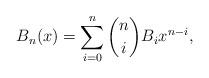
LaTeX: \begin{align*}B_n(x)=\sum_{i=0}^{n}\binom niB_ix^{n-i},\end{align*}